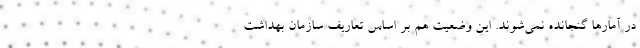
در آمارها گنجانده نمی‌شوند. این وضعیت هم بر اساس تعاریف سازمان بهداشت